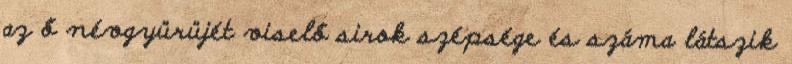
az ő névgyürüjét viselő sirok szépsége és száma látszik